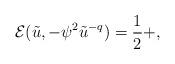
LaTeX: \begin{align*}\mathcal{E}(\tilde{u},-\psi^{2}\tilde{u}^{-q}) = \frac{1}{2} + ,\end{align*}